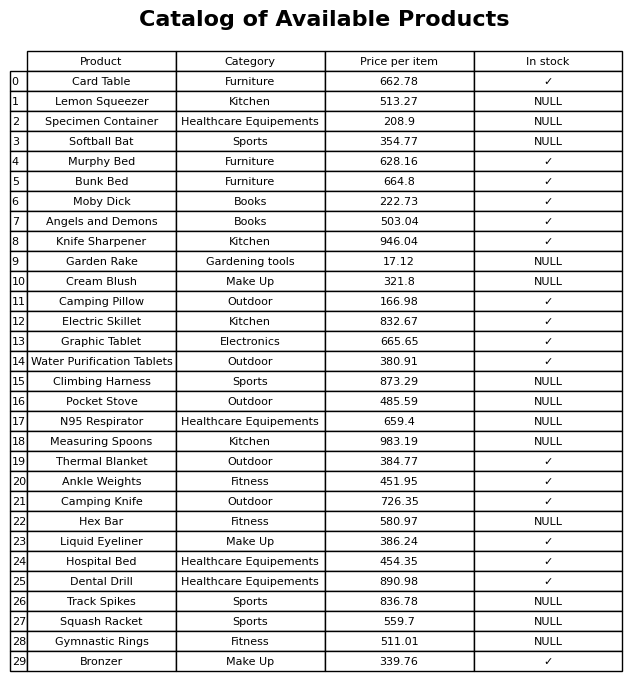
question: What is the stock status of the Camping Pillow?
answer: ✓